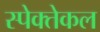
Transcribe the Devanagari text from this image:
स्पेक्तेकल